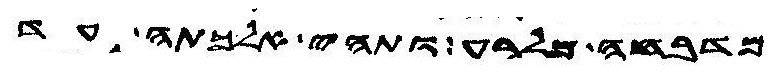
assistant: מדבחה מלרע ותהי אלכתה עד